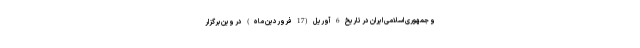
و جمهوری اسلامی ایران در تاریخ 6 آوریل (17 فروردین ماه) در وین برگزار